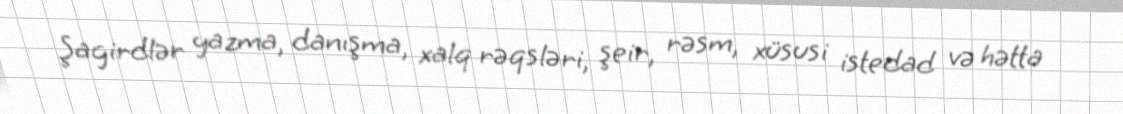
Şagirdlər yazma, danışma, xalq rəqsləri, şeir, rəsm, xüsusi istedad və hətta